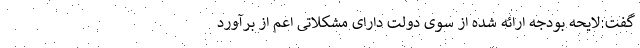
گفت:لایحه بودجه ارائه شده از سوی دولت دارای مشکلاتی اعم از برآورد